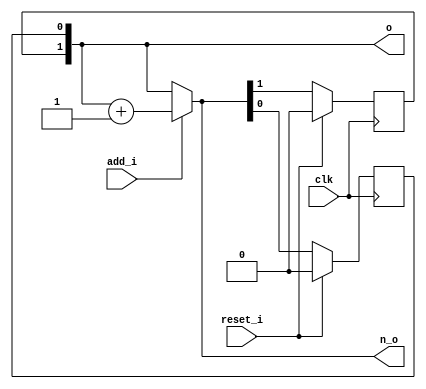
module bsg_circular_ptr_slots_p4_max_add_p1
(
  clk,
  reset_i,
  add_i,
  o,
  n_o
);

  input [0:0] add_i;
  output [1:0] o;
  output [1:0] n_o;
  input clk;
  input reset_i;
  wire [1:0] o,n_o,genblk1_genblk1_ptr_r_p1;
  wire N0,N1,N2;
  reg o_1_sv2v_reg,o_0_sv2v_reg;
  assign o[1] = o_1_sv2v_reg;
  assign o[0] = o_0_sv2v_reg;

  always @(posedge clk) begin
    if(reset_i) begin
      o_1_sv2v_reg <= 1'b0;
    end else if(1'b1) begin
      o_1_sv2v_reg <= n_o[1];
    end 
  end


  always @(posedge clk) begin
    if(reset_i) begin
      o_0_sv2v_reg <= 1'b0;
    end else if(1'b1) begin
      o_0_sv2v_reg <= n_o[0];
    end 
  end

  assign genblk1_genblk1_ptr_r_p1 = o + 1'b1;
  assign n_o = (N0)? genblk1_genblk1_ptr_r_p1 : 
               (N1)? o : 1'b0;
  assign N0 = add_i[0];
  assign N1 = N2;
  assign N2 = ~add_i[0];

endmodule